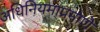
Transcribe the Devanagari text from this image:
अधिनियमाप्रमाणे